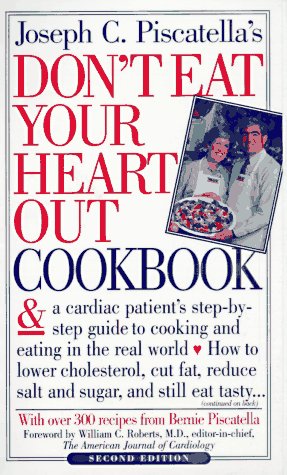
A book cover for Don't Eat Your Heart Out Cookbook; Joseph C. Piscatella; Cookbooks, Food & Wine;